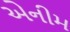
એનીમ